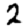
Digit: 2